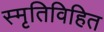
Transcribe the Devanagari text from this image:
स्मृतिविहित